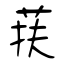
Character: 荴